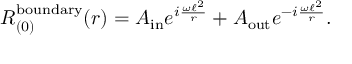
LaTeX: R _ { ( 0 ) } ^ { \mathrm { b o u n d a r y } } ( r ) = A _ { \mathrm { i n } } e ^ { i \frac { \omega \ell ^ { 2 } } { r } } + A _ { \mathrm { o u t } } e ^ { - i \frac { \omega \ell ^ { 2 } } { r } } .